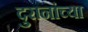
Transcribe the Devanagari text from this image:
दुरानांच्या